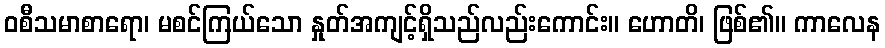
ဝစီသမာစာရော၊ မစင်ကြယ်သော နှုတ်အကျင့်ရှိသည်လည်းကောင်း။ ဟောတိ၊ ဖြစ်၏။ ကာလေန